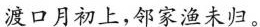
渡口月初上，邻家渔未归。